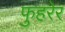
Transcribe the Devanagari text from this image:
फुहरेर